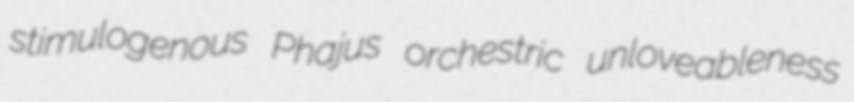
stimulogenous Phajus orchestric unloveableness